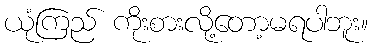
ယုံကြည် ကိုးစားလို့တော့မရပါဘူး။